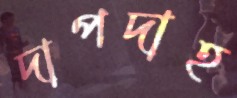
দাপদাহ